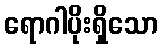
ရောဂါပိုးရှိသော